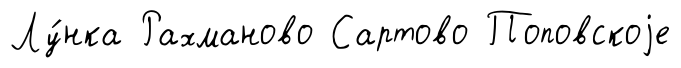
Лу́нка Рахманово Сартово Поповскоjе